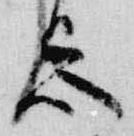
忌